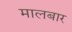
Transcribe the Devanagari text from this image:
मालबार